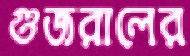
গুজরালের